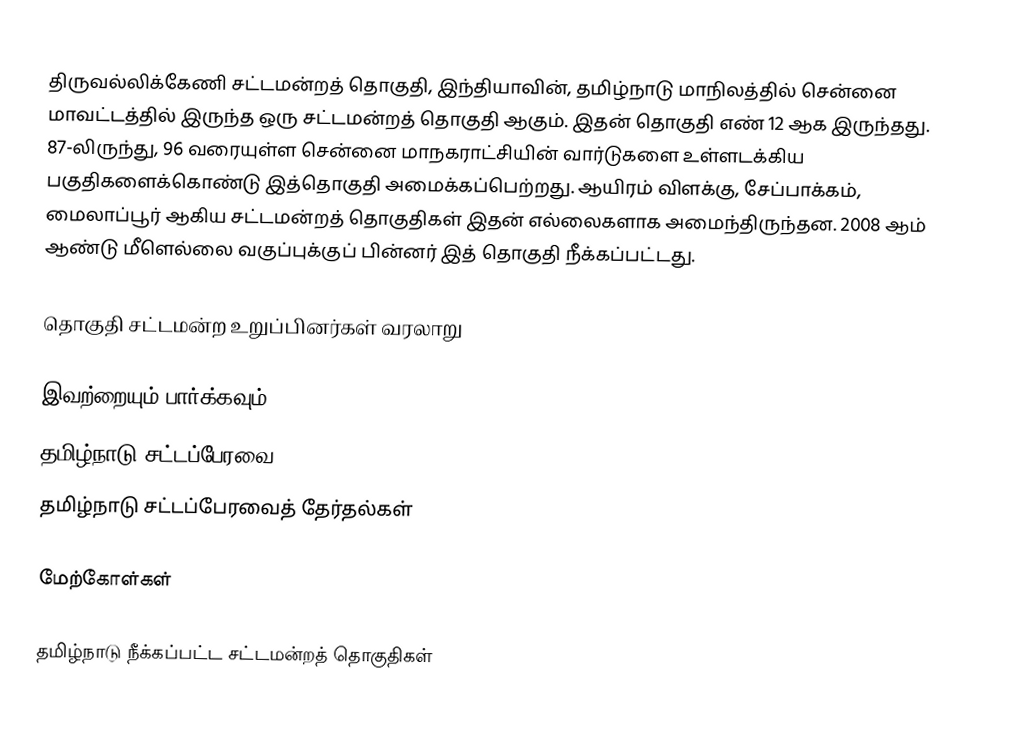
திருவல்லிக்கேணி சட்டமன்றத் தொகுதி, இந்தியாவின், தமிழ்நாடு மாநிலத்தில்  சென்னை மாவட்டத்தில் இருந்த ஒரு சட்டமன்றத் தொகுதி ஆகும். இதன் தொகுதி எண் 12 ஆக இருந்தது. 87-லிருந்து, 96 வரையுள்ள சென்னை மாநகராட்சியின் வார்டுகளை உள்ளடக்கிய பகுதிகளைக்கொண்டு இத்தொகுதி அமைக்கப்பெற்றது. ஆயிரம் விளக்கு, சேப்பாக்கம், மைலாப்பூர் ஆகிய சட்டமன்றத் தொகுதிகள் இதன் எல்லைகளாக அமைந்திருந்தன. 2008 ஆம் ஆண்டு மீளெல்லை வகுப்புக்குப் பின்னர் இத் தொகுதி நீக்கப்பட்டது.

தொகுதி சட்டமன்ற உறுப்பினர்கள் வரலாறு

இவற்றையும் பார்க்கவும்
 தமிழ்நாடு சட்டப்பேரவை
 தமிழ்நாடு சட்டப்பேரவைத் தேர்தல்கள்

மேற்கோள்கள்

தமிழ்நாடு நீக்கப்பட்ட சட்டமன்றத் தொகுதிகள்